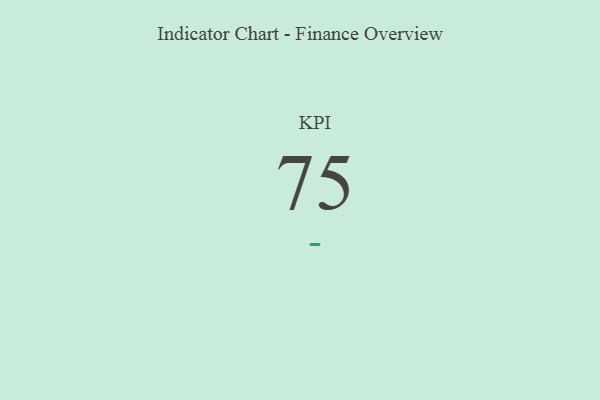
{"axis": {"x": "KPI", "y": "Value"}, "legend": [""], "data": [{"x": "KPI", "y": 75, "type": ""}]}